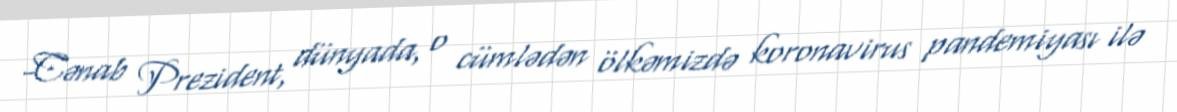
-Cənab Prezident, dünyada, o cümlədən ölkəmizdə koronavirus pandemiyası ilə